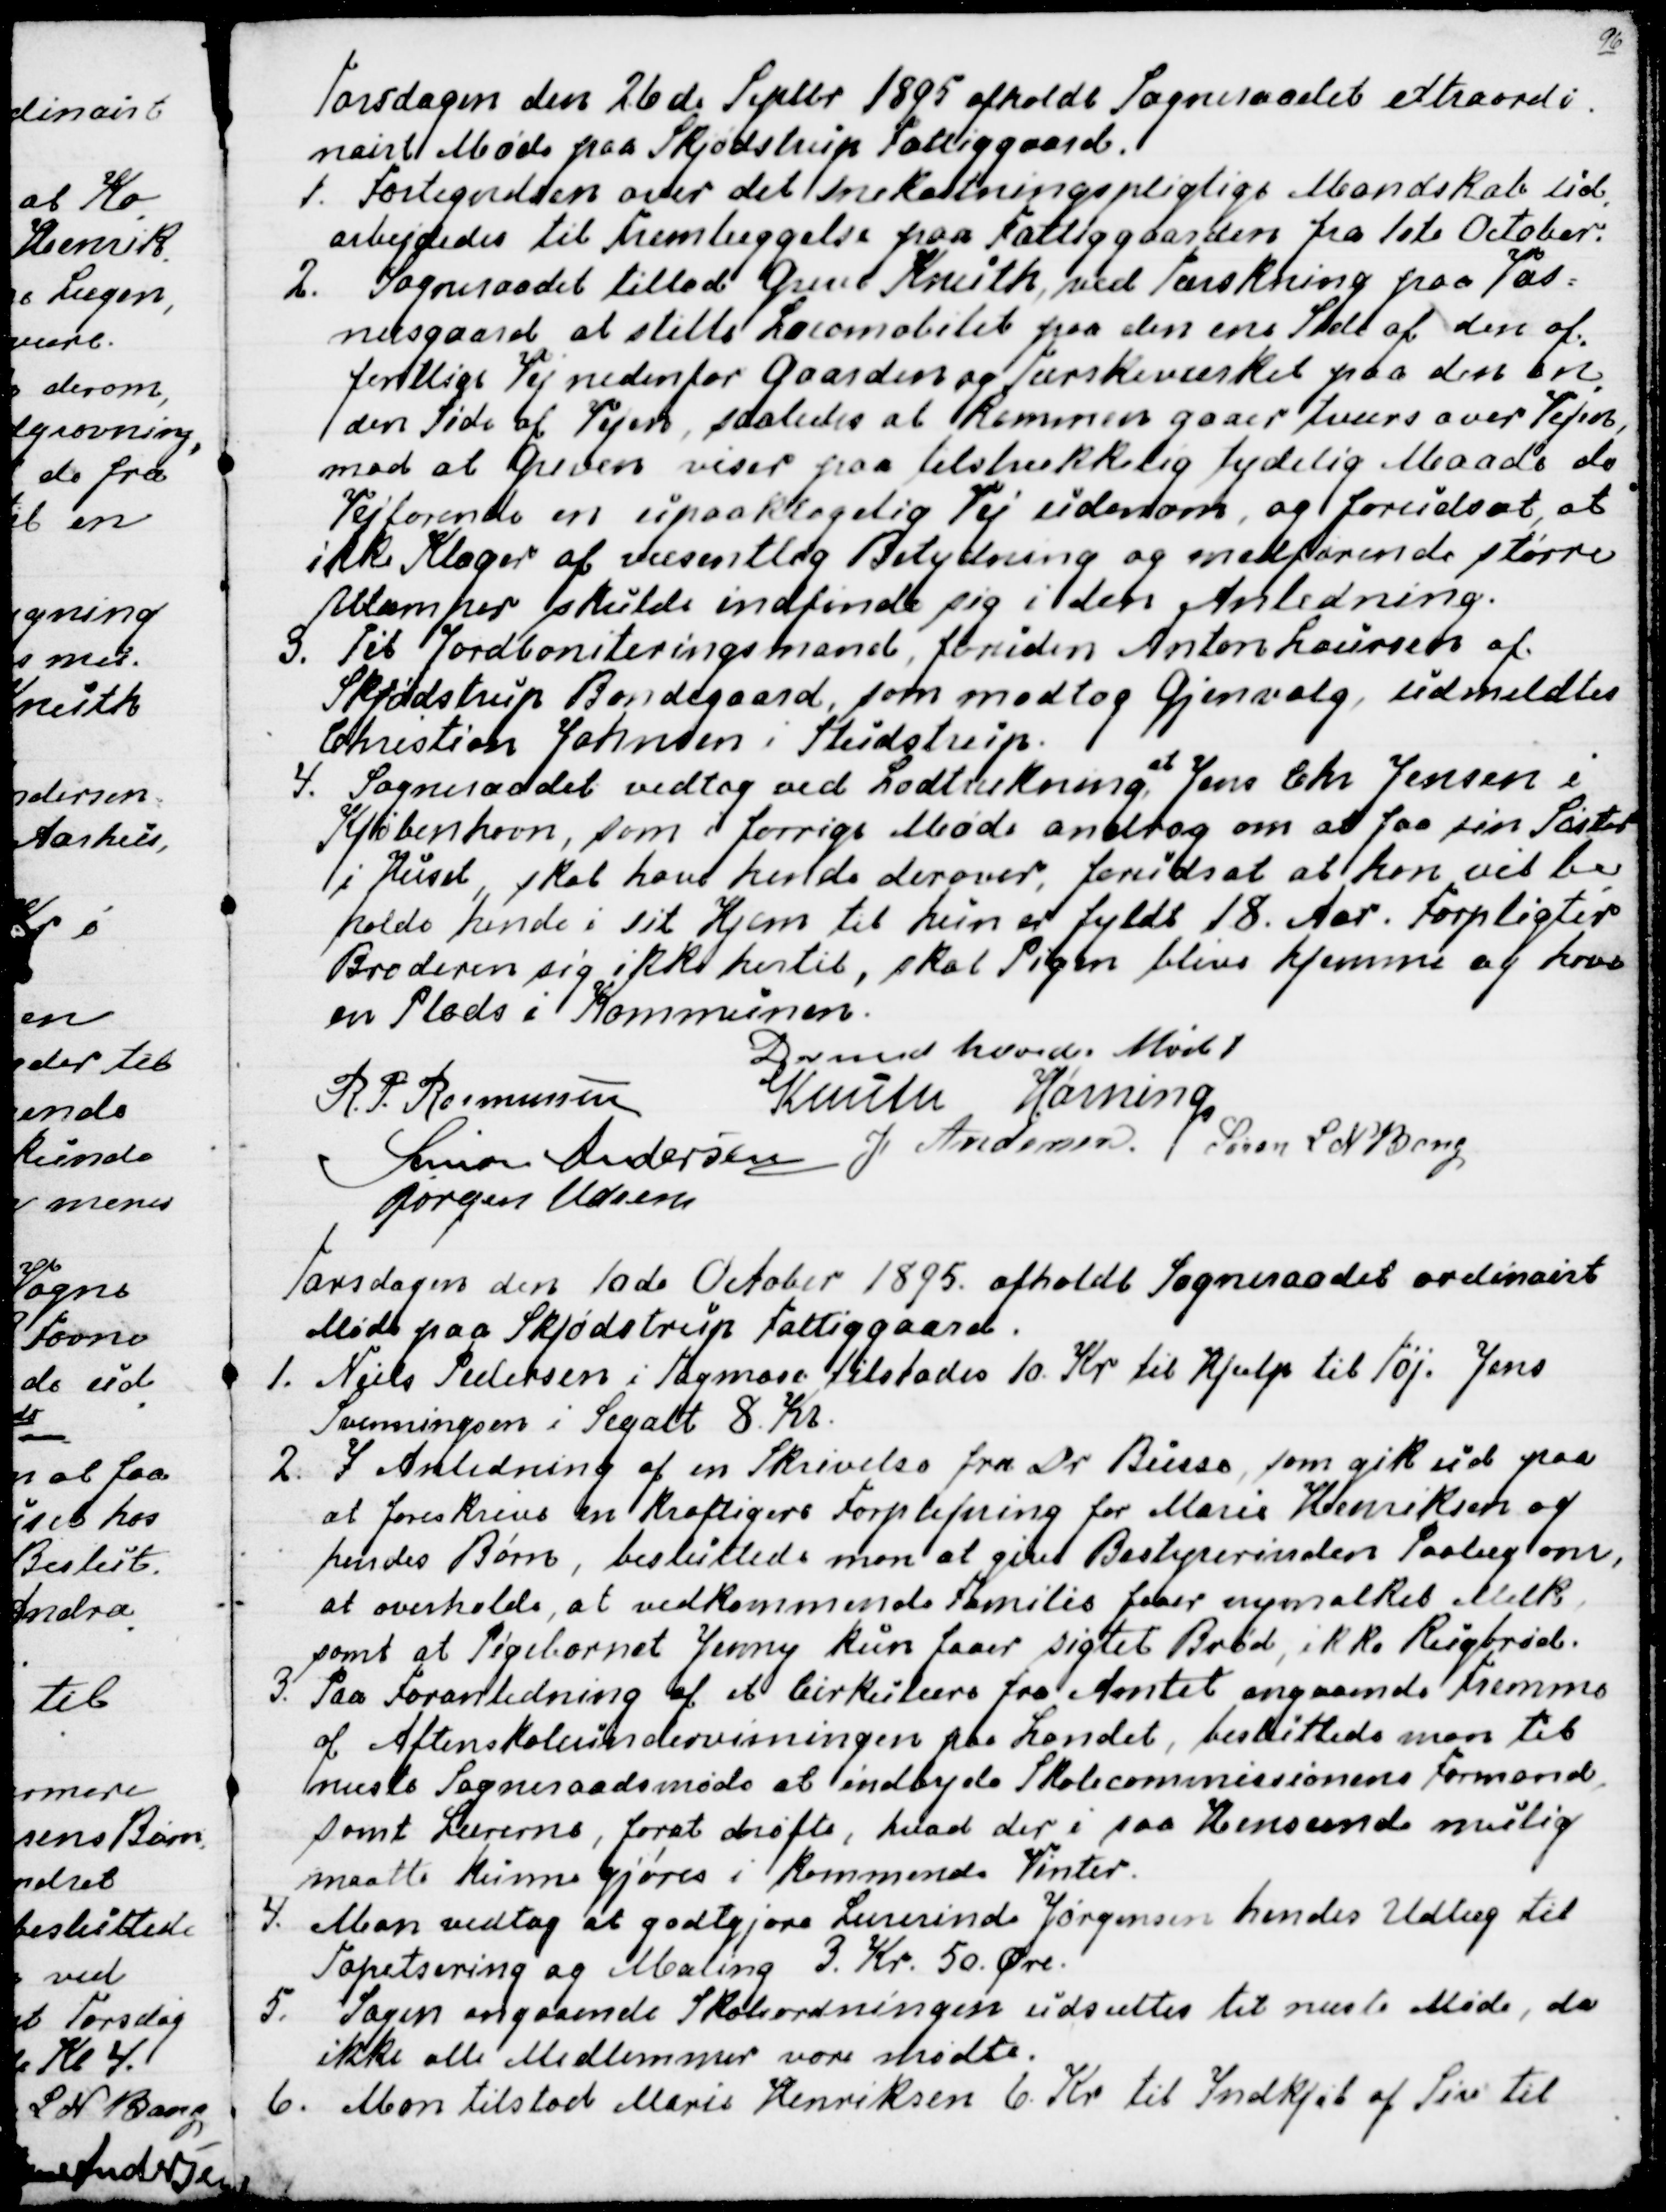
Transskription:
Torsdagen den 26de Septbr 1895 afholdt Sogneraadet extraordi-
nairt Møde paa Skjødstrup Fattiggaard.
1. Fortegnelsen over det Snekastningspligtige Mandskab ud
-
arbejdedes til Fremlæggelse paa Fattiggaarden fra 1ste October.
2. Sogneraadet tillod Greve Knuth, ved Tærskning paa Vos=
næsgaard at stille Locomobilet paa den ene Side af den of
-
fentlige Vej nedenfor Gaarden og Tærskeværket paa den an
-
den Side af Vejen, saaledes at Remmen gaar tværs over Vejen,
mod at Greven viser paa tilstrækkelig tydelig Maade de
Vejfarende en upaaklagelig Vej udenom, og forudsat, at
ikke Klager af væsentlig Betydning og medførende større
Ulemper skulde indfinde sig i den Anledning.
3. Til Jordboniteringsmand, foruden Anders Laursen af
Skjødstrup Bondegaard, som modtog Gjenvalg, udmeldtes
Christian Johnsen i Studstrup.
4. Sogneraadet vedtog ved Lodtrækning,
at
Jens Chr Jensen i
Kjøbenhavn, som i forrige Møde androg om at faa sin Søster
i Huset, skal have hende derover, forudsat at han vil be
-
holde hende i sit Hjem til hun er fyldt 18. Aar. Forpligter
Broderen sig ikke hertil, skal Pigen blive hjemme og have
en Plads i Kommunen.
Dermed hævedes Mødet
R. P. Rasmussen
Knuth
Hørning
Simon Andersen
J Andersen
Søren L N Bang
Jørgen Udsen

Torsdagen den 10de October 1895 afholdt Sogneraadet ordinairt
Møde paa Skjødstrup Fattiggaard.
1. Niels Pedersen i Tagmose tilstodes 10. Kr til Hjælp til Tøj. Jens
Svenningsen i Segalt 8. Kr.
2. I Anledning af en Skrivelse fra Dr Busse, som gik ud paa
at foreskrive en kraftigere Forplejning for Marie Henriksen og
hendes Børn, besluttede man at give Bestyrerinden Paalæg om,
at overholde, at vedkommende Familie faar nymalket Melk,
samt at Pigebarnet Jenny kun faaer sigtet Brød, ikke Rugbrød.
3. Paa Foranledning af et Cirkulære fra Amtet angaaende Fremme
af Aftenskoleundervisningen paa Landet, besluttede man til
næste Sogneraadsmøde at indbyde Skolecommissionens Formand
samt Lærerne, forat drøfte, hvad der i saa Henseende mulig
maatte kunne gjøres i kommende Vinter.
4. Man vedtog at godtgjøre Lærerinde Jørgensen hendes Udlæg til
Tapetsering og Maling 3. Kr. 50. Øre.
5. Sagen angaaende Skoleordningen udsættes til næste Møde, da
ikke alle Medlemmer vare mødte.
6. Man Tilstod Marie Henriksen 6. Kr til Indkjøb af Siv til